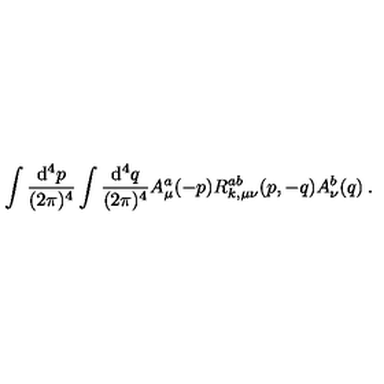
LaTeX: \int \frac { \mathrm { d } ^ { 4 } p } { ( 2 \pi ) ^ { 4 } } \int \frac { \mathrm { d } ^ { 4 } q } { ( 2 \pi ) ^ { 4 } } A _ { \mu } ^ { a } ( - p ) R _ { k , \mu \nu } ^ { a b } ( p , - q ) A _ { \nu } ^ { b } ( q ) \: .